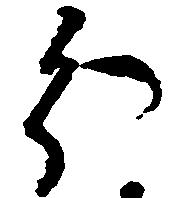
分